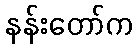
နန်းတော်က